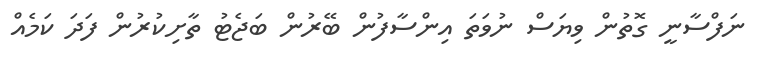
ނަފްސާނީ ގޮތުން ވިޔަސް ނުވަތަ އިންސާފުން ބޭރުން ބަޖެޓު ތާށިކުރުން ފަދަ ކަމެއް